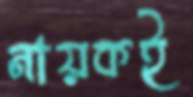
নায়কই